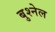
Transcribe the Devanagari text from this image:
बुश्नेल